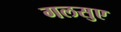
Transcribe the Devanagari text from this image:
गलसुए